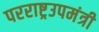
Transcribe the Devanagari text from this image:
परराष्ट्रउपमंत्री